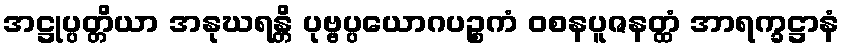
အဋ္ဌုပ္ပတ္တိယာ အနုဃရန္တိ ပုဗ္ဗပ္ပယောဂပဉ္စကံ ဝစနပူဇနတ္ထံ အာရက္ခဋ္ဌာနံ